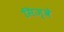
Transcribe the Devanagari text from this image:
सिज़्वे